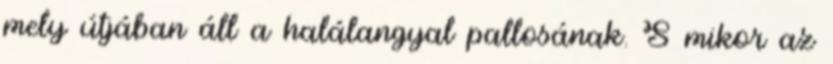
mely útjában áll a halálangyal pallosának. S mikor az